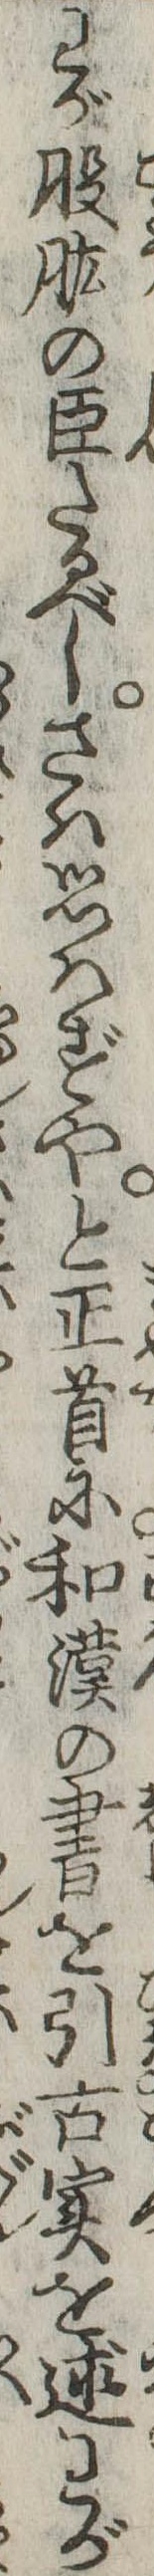
わが股肱の臣たるべしさは思はずやと正首に和漢の書を引古実を述わが